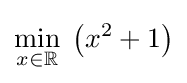
\min _{x\in \mathbb {R} }\;\left(x^{2}+1\right)